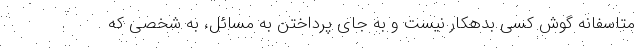
متاسفانه گوش کسی بدهکار نیست و به جای پرداختن به مسائل، به شخصی که